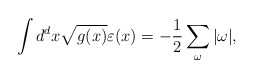
\begin{align*}\int d^dx\sqrt{g(x)}\varepsilon(x)=-\frac{1}{2}\sum_\omega|\omega|,\end{align*}